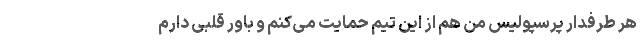
هر طرفدار پرسپولیس من هم از این تیم حمایت می‌کنم و باور قلبی دارم